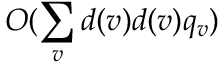
O ( \sum _ { v } d ( v ) d ( v ) q _ { v } )